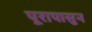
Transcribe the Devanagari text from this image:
पूरापासुन